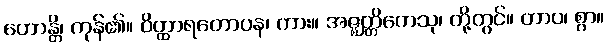
ဟောန္တိ၊ ကုန်၏။ ဝိတ္ထာရတောပန၊ ကား။ အဇ္ဈတ္တိကေသု၊ တို့တွင်။ တာဝ၊ စွာ။